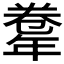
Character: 𢆤